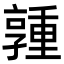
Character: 𪧃